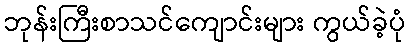
ဘုန်းကြီးစာသင်ကျောင်းများ ကွယ်ခဲ့ပုံ